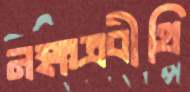
নক্ষত্রবীথি